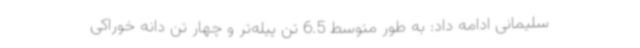
سلیمانی ادامه داد: به طور متوسط 6.5 تن پیله‌تر و چهار تن دانه خوراکی